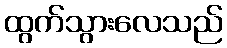
ထွက်သွားလေသည်